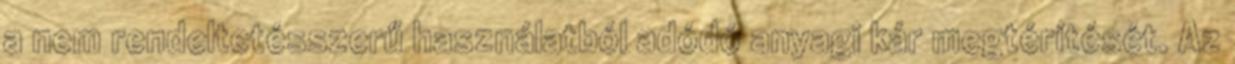
a nem rendeltetésszerű használatból adódó anyagi kár megtérítését. Az